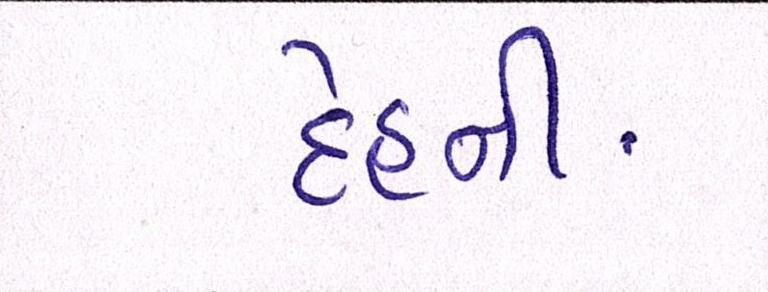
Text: દેહની